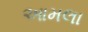
આમલા